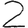
Digit: 2